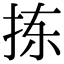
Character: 拣